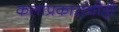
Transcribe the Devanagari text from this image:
कलाप्रकारांचीही